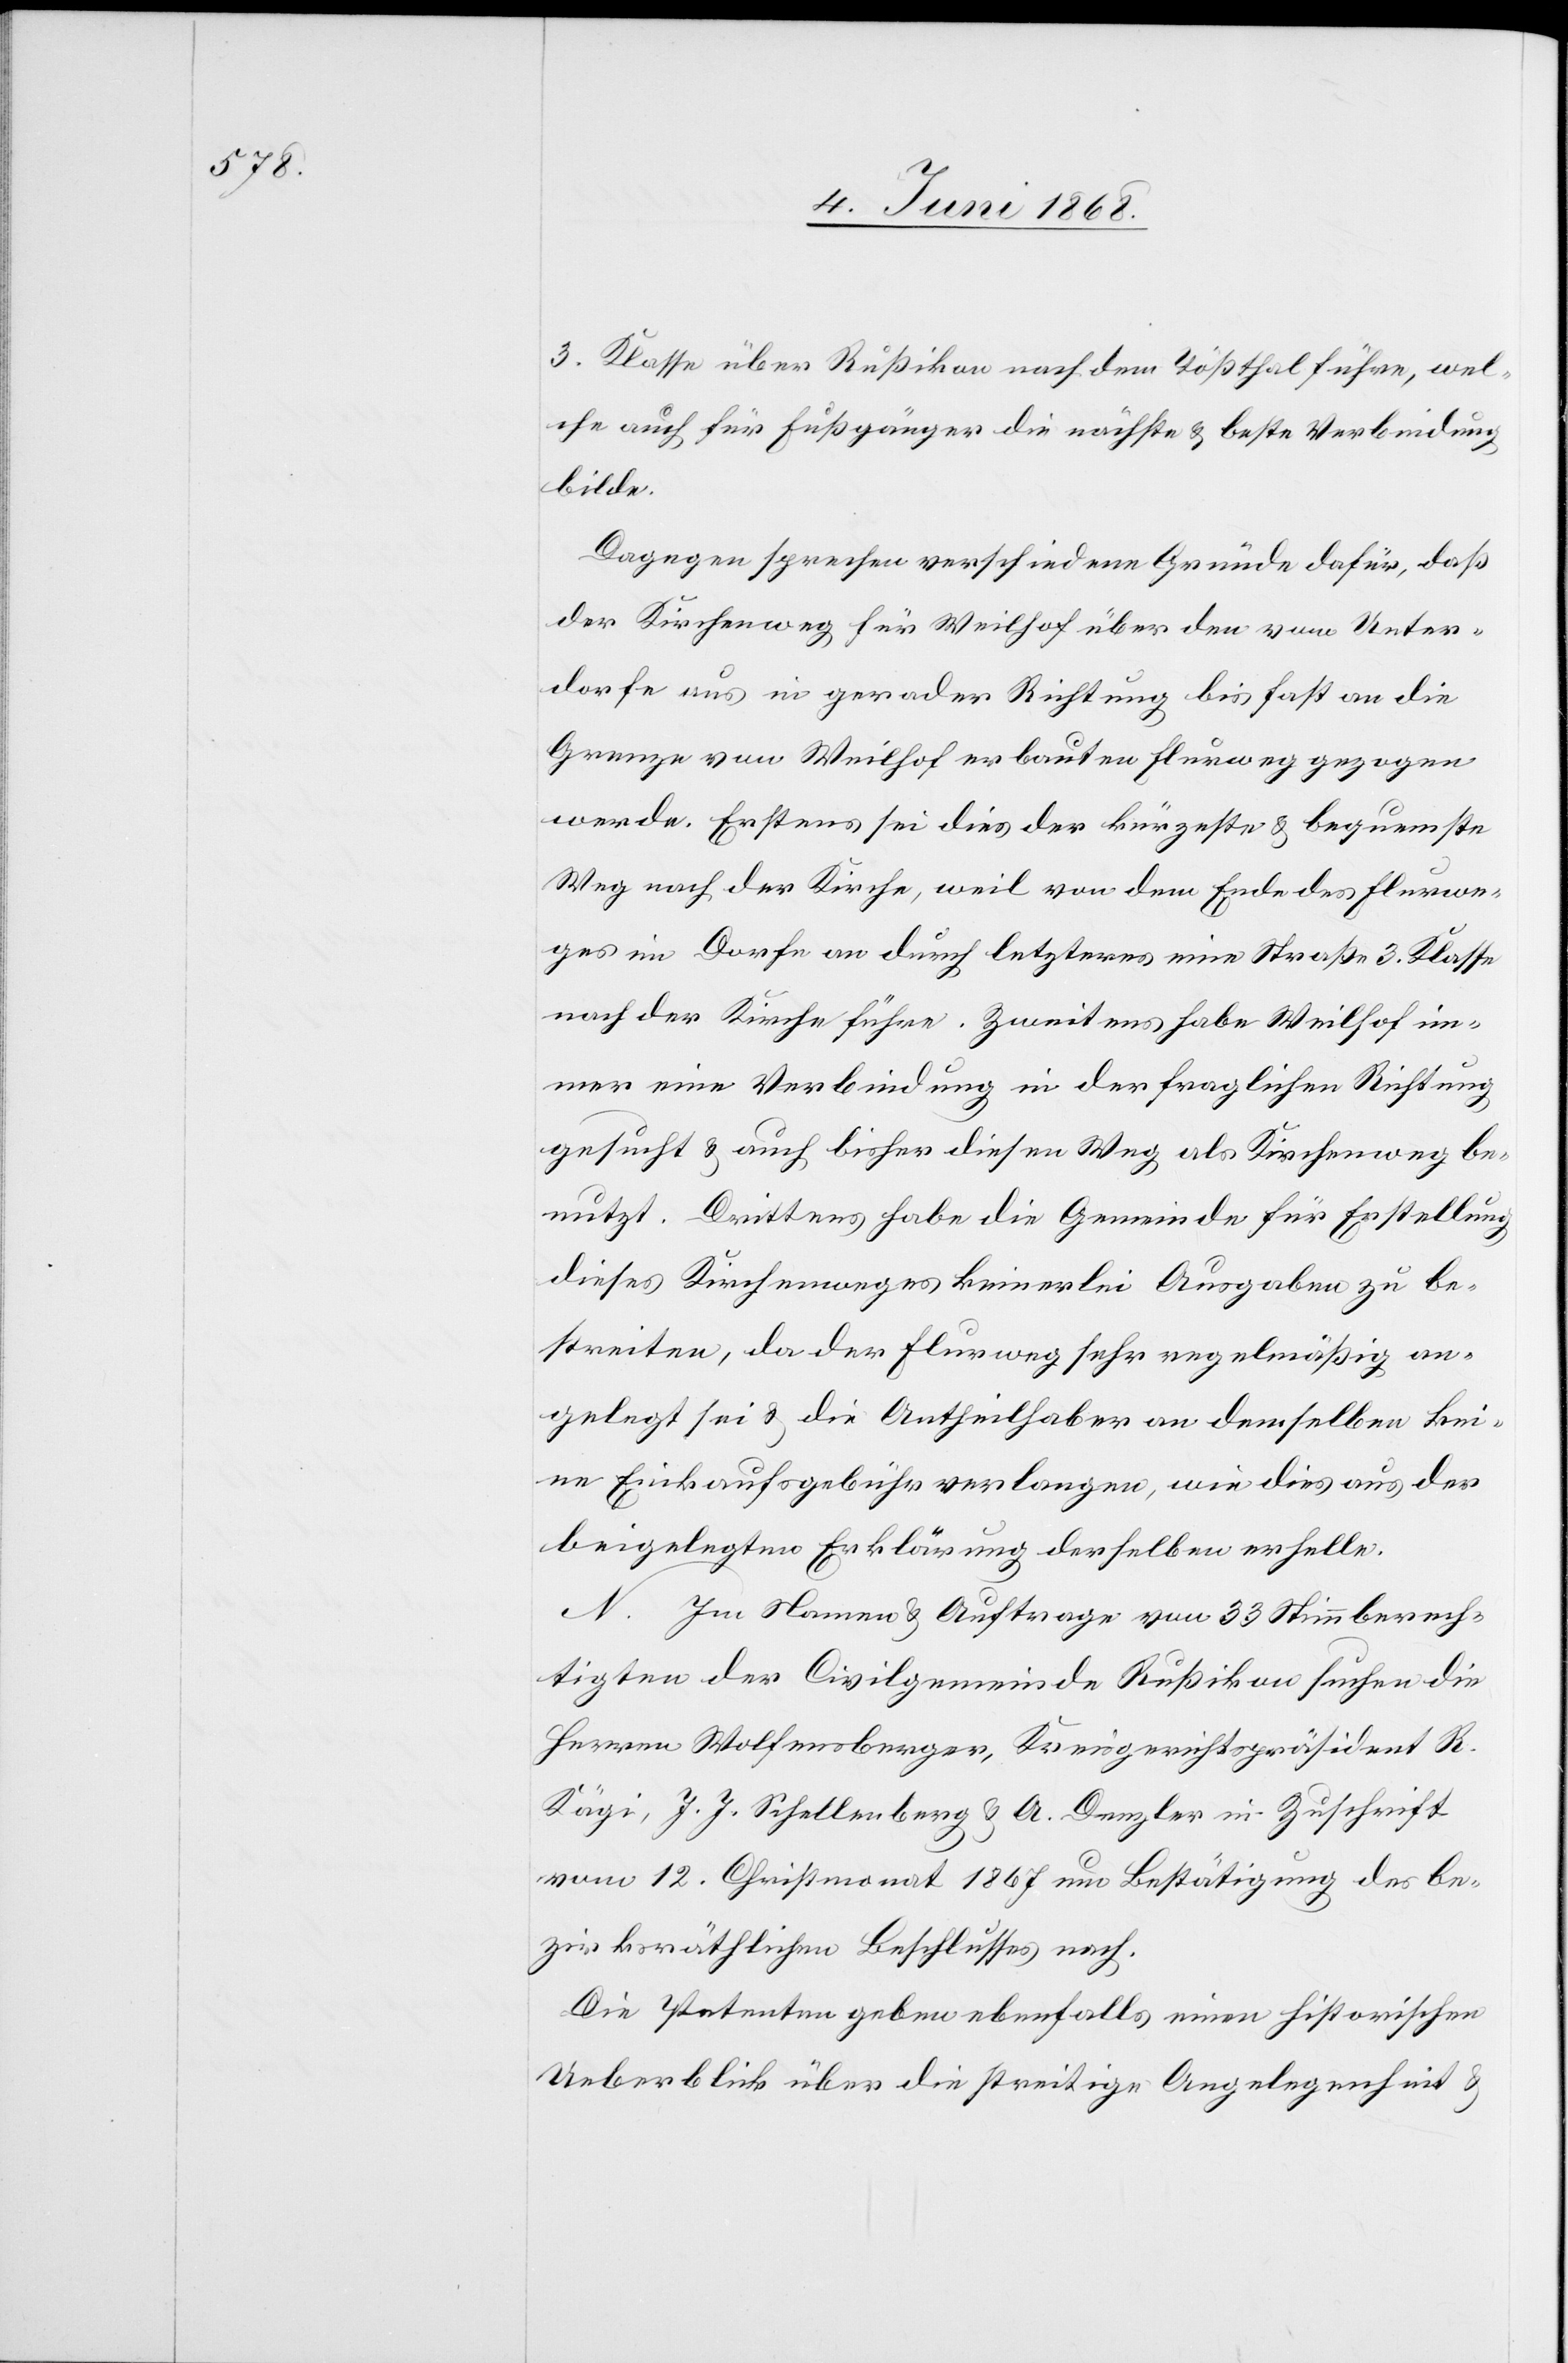
3. Klasse über Rußikon nach dem Tößthal führe, wel¬
che auch für Fußgänger die nächste & beste Verbindung
bilde.
Dagegen sprechen verschiedene Gründe dafür, daß
der Kirchenweg für Weilhof über den vom Unter¬
dorfe aus in gerader Richtung bis fast an die
Grenze von Weilhof erbauten Flurweg gezogen
werde. Erstens sei dies der kürzeste & bequemste
Weg nach der Kirche, weil von dem Ende des Flurwe¬
ges im Dorfe an durch letzteres eine Straße 3. Klasse
nach der Kirche führe. Zweitens habe Weilhof im¬
mer eine Verbindung in der fraglichen Richtung
gesucht & auch bisher diesen Weg als Kirchenweg be¬
nutzt. Drittens habe die Gemeinde für Erstellung
dieses Kirchenweges keinerlei Ausgaben zu be¬
streiten, da der Flurweg sehr regelmäßig an¬
gelegt sei & die Antheilhaber an demselben kei¬
ne Einkaufsgebühr verlangen, wie dies aus der
beigelegten Erklärung derselben erhelle.
N. Im Namen & Auftrage von 33 Stimmberech¬
tigten der Civilgemeinde Rußikon suchen die
Herren Wolfensberger, Kreisgerichtspräsident R.
Kägi, J. J. Schellenberg & A. Denzler in Zuschrift
vom 12. Christmonat 1867 um Bestätigung des be¬
zirksräthlichen Beschlusses nach.
Die Petenten geben ebenfalls einen historischen
Ueberblick über die streitige Angelegenheit &